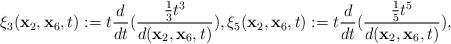
LaTeX: \begin{align*}\xi_3({\mathbf{x}}_2,{\mathbf{x}}_6,t):=t{d\over dt}({{1\over 3}t^3\over d(\mathbf{x}_2,\mathbf{x}_6,t)}), \xi_5({\mathbf{x}}_2,{\mathbf{x}}_6,t):=t{d\over dt}({{1\over 5}t^5\over d(\mathbf{x}_2,\mathbf{x}_6,t)}),\end{align*}